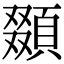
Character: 䫎